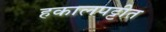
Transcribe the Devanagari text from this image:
हकालपट्टीत